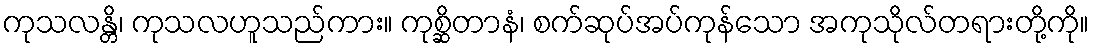
ကုသလန္တိ၊ ကုသလဟူသည်ကား။ ကုစ္ဆိတာနံ၊ စက်ဆုပ်အပ်ကုန်သော အကုသိုလ်တရားတို့ကို။